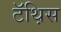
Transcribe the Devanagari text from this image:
टॅथ़िस